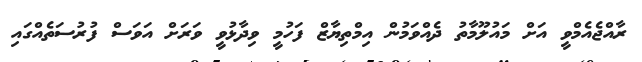
ރާއްޖެއެމްވީ އަށް މައުލޫމާތު ދެއްވަމުން އިމްތިޔާޒް ފަހުމީ ވިދާޅުވީ ވަރަށް އަވަސް ފުރުސަތެއްގައި